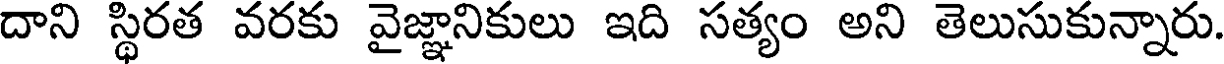
దాని స్థిరత వరకు వైజ్ఞానికులు ఇది సత్యం అని తెలుసుకున్నారు.